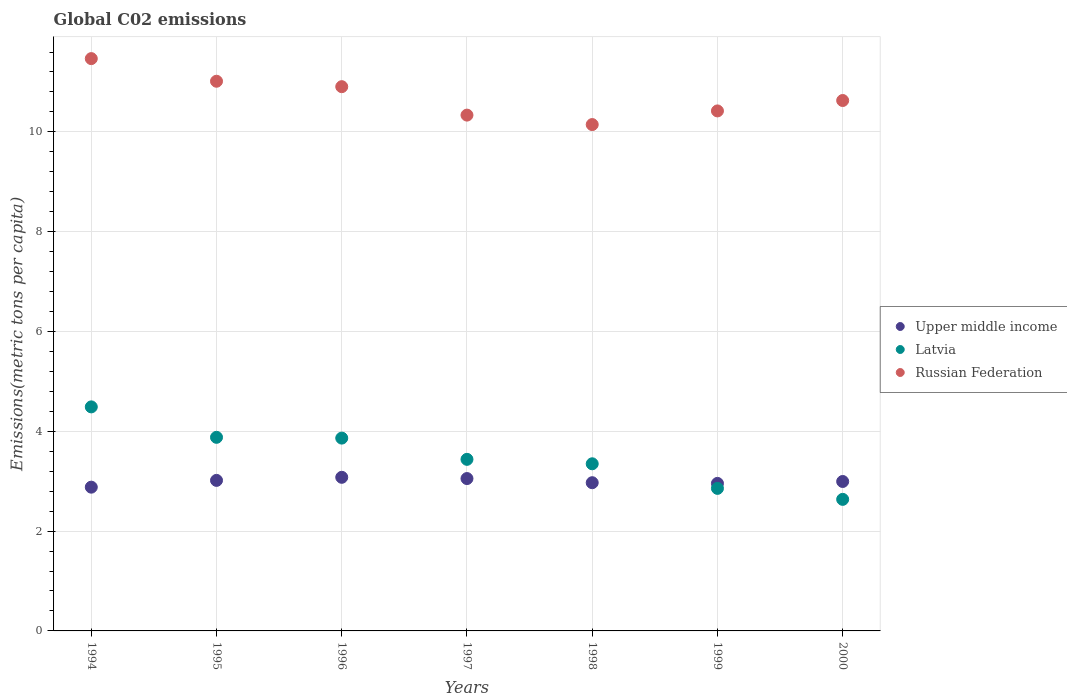
| Years | Upper middle income | Latvia | Russian Federation |
 | --- | --- | --- | --- |
 | 1994 | 2.88 | 4.49 | 11.5 |
 | 1995 | 3.02 | 3.88 | 11 |
 | 1996 | 3.08 | 3.86 | 10.9 |
 | 1997 | 3.05 | 3.44 | 10.3 |
 | 1998 | 2.97 | 3.35 | 10.1 |
 | 1999 | 2.96 | 2.86 | 10.4 |
 | 2000 | 2.99 | 2.64 | 10.6 |